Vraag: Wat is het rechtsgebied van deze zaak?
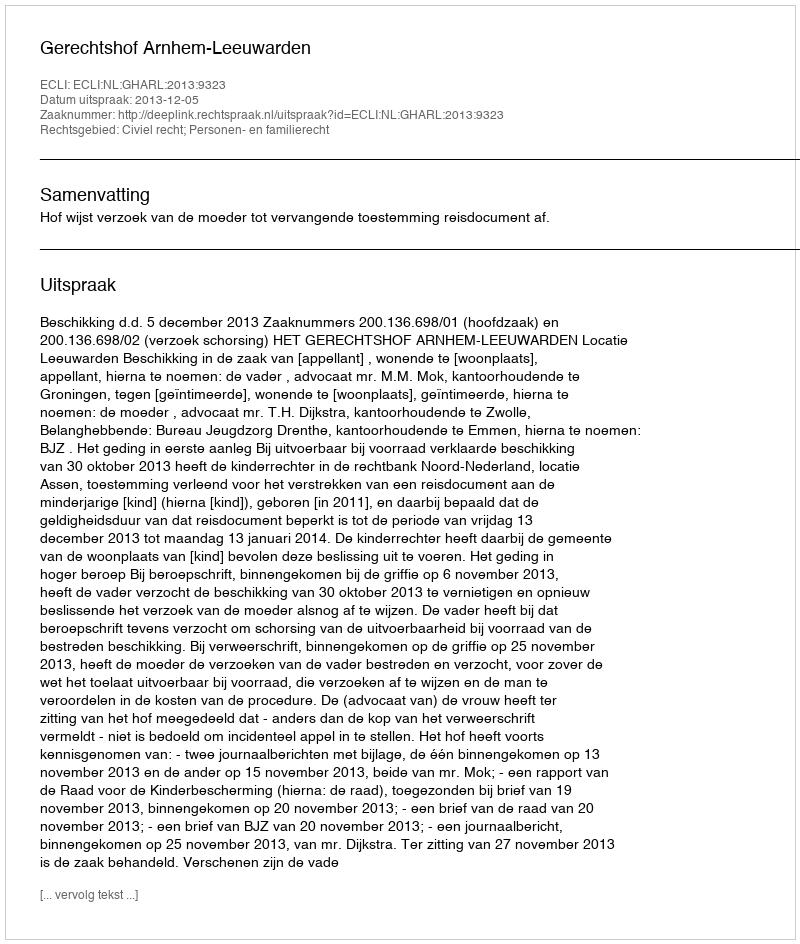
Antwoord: Civiel recht; Personen- en familierecht